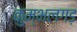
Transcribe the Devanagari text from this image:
कुम्भलगड़